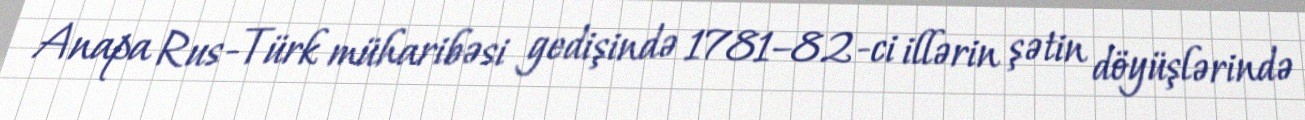
Anapa Rus-Türk müharibəsi gedişində 1781–82-ci illərin şətin döyüşlərində